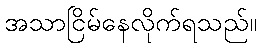
အသာငြိမ်နေလိုက်ရသည်။